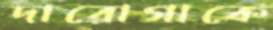
দারোগাকে